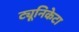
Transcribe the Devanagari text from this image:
ट्यूनिकेटा